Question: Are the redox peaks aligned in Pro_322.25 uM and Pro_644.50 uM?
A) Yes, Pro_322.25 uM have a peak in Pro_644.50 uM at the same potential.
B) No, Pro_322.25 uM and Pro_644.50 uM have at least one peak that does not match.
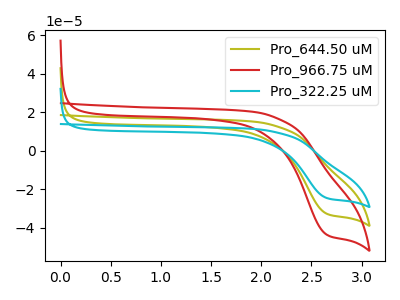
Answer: <think>The olive curve "Pro_644.50 uM" has a cathodic peak at: (2.65V, -32.50uA). The red curve "Pro_966.75 uM" has a cathodic peak at: (2.65V, -65.00uA). The cyan curve "Pro_322.25 uM" has a cathodic peak at: (2.65V, -24.40uA).</think>
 <answer>A) Yes, "Pro_322.25 uM" have a peak in "Pro_644.50 uM" at the same potential.</answer>
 <eval>A</eval>